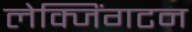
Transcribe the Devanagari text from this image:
लेक्जिंगटन